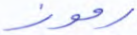
رموز